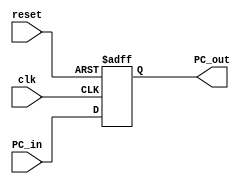
////////////////////////////////////////////////////////////////////
//  Module       : PC_REG
//  Description  : 32-bit PC register
//   
//
//     This is a 32-bit register that holds the value of PC.
//  It is also responsible to resetting the PC to 0x00400000
//  when the reset signal is 1.

module PC_REG
  (
   clk,
   reset, 
   PC_in, 
   PC_out
   );

   parameter pc_delay = 1;	
 
   output [31:0] PC_out;				
   reg [31:0] 	 PC_out;
   reg [31:0] 	 next_PC;
   
   input [31:0]  PC_in;	
   input 	 clk;
   input 	 reset;

   always@(posedge clk or posedge reset)
     begin
	if (~reset)
	  PC_out = PC_in;
	else
	  PC_out = 32'h00400000;
     end
      
endmodule // PC_REG